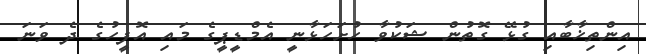
އިންތިޚާބާއި ގުޅޭ ގޮތުން ޝަކުވާ ހުށަހަޅާނީ އެމްޑީޕީގެ މައި އޮފީހުގެ ދެ ވަނަ